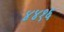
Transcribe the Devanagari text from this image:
४४१६